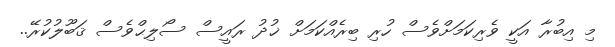
މި އިބުރާ އަކީ ވެރިކަމަށްވެސް ހުރި ބިރެއްކަމަށް ޚުދު ރައީސް ސޯލިޙްވެސް ޤަބޫލުކުރޭ..